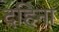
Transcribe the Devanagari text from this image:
दहिना